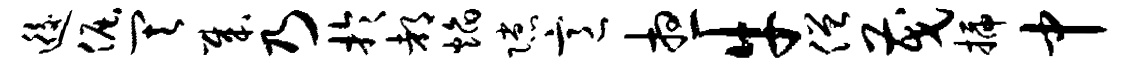
逅倔其哉乃于都焰隙意想牛僧茂插中